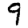
Digit: 9